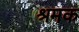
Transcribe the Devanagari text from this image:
श्रमक